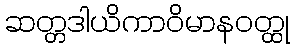
ဆတ္တဒါယိကာဝိမာနဝတ္ထု